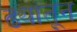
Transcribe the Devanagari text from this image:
ढ्यांतून